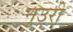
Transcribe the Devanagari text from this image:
नुउरी